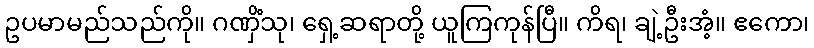
ဥပမာမည်သည်ကို။ ဂဏှိံသု၊ ရှေ့ဆရာတို့ ယူကြကုန်ပြီ။ ကိရ၊ ချဲ့ဦးအံ့။ ဧကော၊